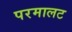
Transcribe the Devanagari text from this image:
परमालट